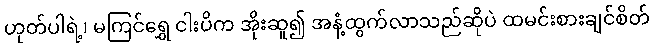
ဟုတ်ပါရဲ့၊ မကြင်ရွှေ ငါးပိက အိုးဆူ၍ အနံ့ထွက်လာသည်ဆိုပဲ ထမင်းစားချင်စိတ်